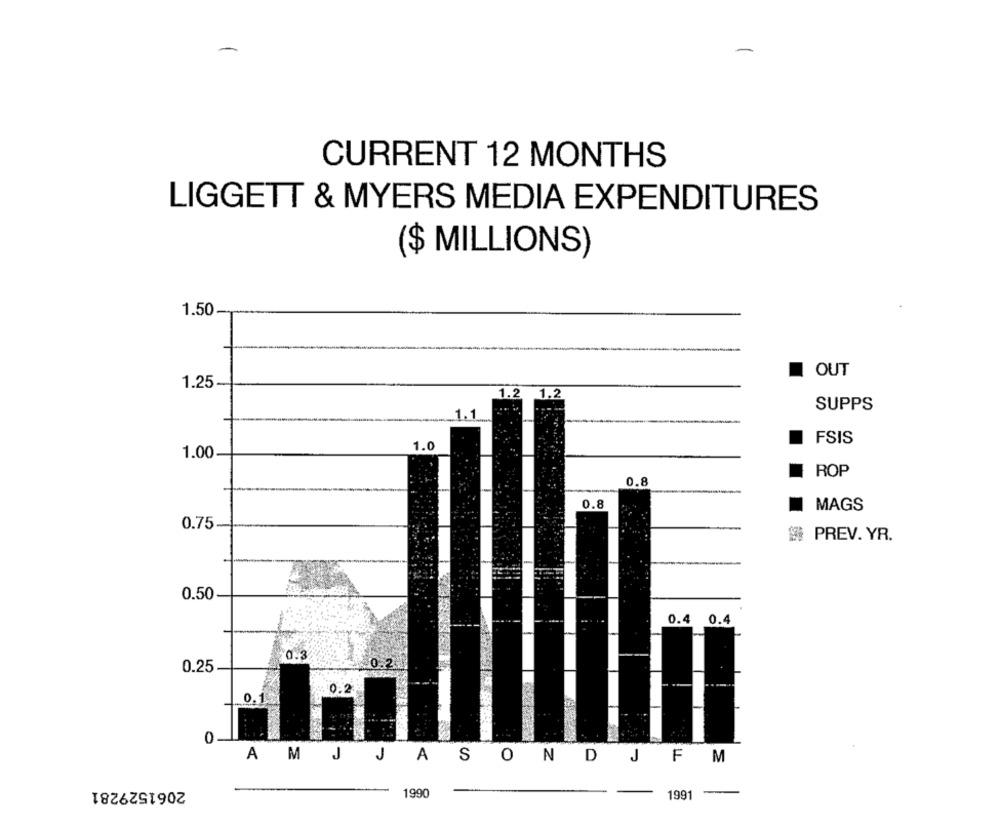
CURRENT 12 MONTHS
LIGGETT & MYERS MEDIA EXPENDITURES
($ MILLIONS)
1.50
OUT
1.25
.2
1.2
1.1
SUPPS
FSIS
1.0
1.00
ROP
0.8
0.8
MAGS
0.75
PREV. YR.
0.50
0.4 0.4
0.3
0.25
0.2.
0.2
0.1
0
AM J JASONDJFM
2061529281
1990
199